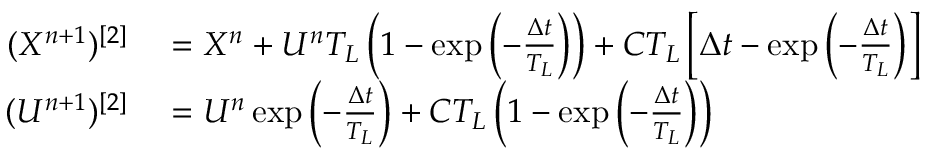
\begin{array} { r l } { ( X ^ { n + 1 } ) ^ { [ 2 ] } } & { { } = X ^ { n } + U ^ { n } T _ { L } \left( 1 - \exp \left( - \frac { \Delta t } { T _ { L } } \right) \right) + C T _ { L } \left[ \Delta t - \exp \left( - \frac { \Delta t } { T _ { L } } \right) \right] } \\ { ( U ^ { n + 1 } ) ^ { [ 2 ] } } & { { } = U ^ { n } \exp \left( - \frac { \Delta t } { T _ { L } } \right) + C T _ { L } \left( 1 - \exp \left( - \frac { \Delta t } { T _ { L } } \right) \right) } \end{array}